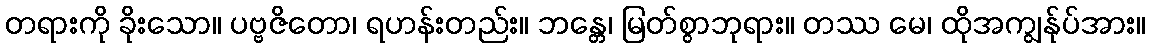
တရားကို ခိုးသော။ ပဗ္ဗဇိတော၊ ရဟန်းတည်း။ ဘန္တေ၊ မြတ်စွာဘုရား။ တဿ မေ၊ ထိုအကျွန်ုပ်အား။